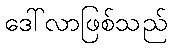
ဒေါ်လာဖြစ်သည်